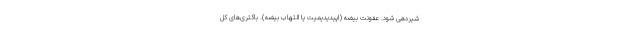
شیردهی شود. عفونت بیضه (اپیدیدیمیت یا التهاب بیضه). باکتری‌های کل